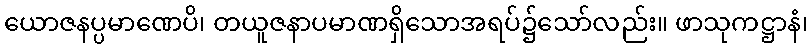
ယောဇနပ္ပမာဏေပိ၊ တယူဇနာပမာဏရှိသောအရပ်၌သော်လည်း။ ဖာသုကဋ္ဌာနံ၊